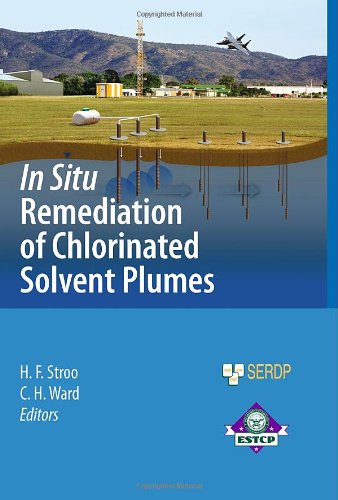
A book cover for In Situ Remediation of Chlorinated Solvent Plumes (SERDP ESTCP Environmental Remediation Technology); Science & Math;